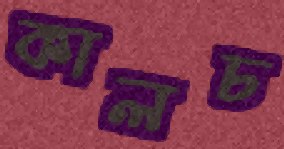
কালচ